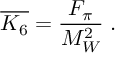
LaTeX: \overline { { { K _ { 6 } } } } = \frac { F _ { \pi } } { M _ { W } ^ { 2 } } \; .